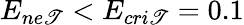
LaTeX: E_{ne\mathscr{T}}<E_{cri\mathscr{T}}=0.1